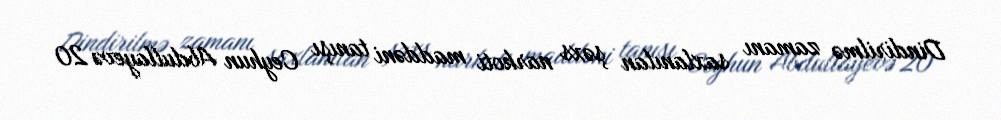
Dindirilmə zamanı saxlanılan şəxs narkoti maddəni tanışı Ceyhun Abdullayevə 20